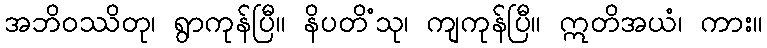
အဘိဝဿိတု၊ ရွာကုန်ပြီ။ နိပတိံသု၊ ကျကုန်ပြီ။ ဣတိအယံ၊ ကား။